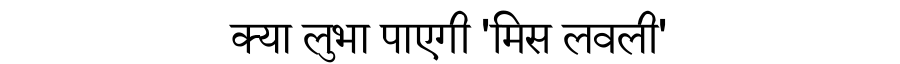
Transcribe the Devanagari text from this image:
क्या लुभा पाएगी 'मिस लवली'